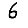
Digit: 6